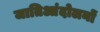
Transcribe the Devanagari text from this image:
जातिआंदोलनों